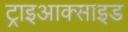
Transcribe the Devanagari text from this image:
ट्राइआक्साइड